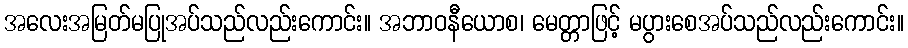
အလေးအမြတ်မပြုအပ်သည်လည်းကောင်း။ အဘာဝနီယောစ၊ မေတ္တာဖြင့် မပွားစေအပ်သည်လည်းကောင်း။